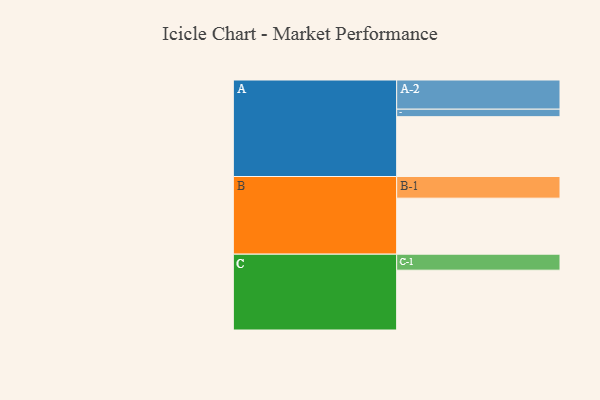
{"axis": {"x": "Segment", "y": "Value"}, "legend": ["", "A", "B", "C"], "data": [{"x": "A", "y": 486, "type": ""}, {"x": "B", "y": 455, "type": ""}, {"x": "C", "y": 486, "type": ""}, {"x": "A-1", "y": 61, "type": "A"}, {"x": "A-2", "y": 237, "type": "A"}, {"x": "B-1", "y": 176, "type": "B"}, {"x": "C-1", "y": 130, "type": "C"}]}